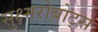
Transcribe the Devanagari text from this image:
सुक्ष्मरोबोट्स